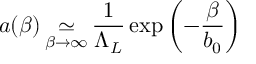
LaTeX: a ( \beta ) \mathop \simeq _ { \beta \to \infty } \frac { 1 } { \Lambda _ { L } } \exp \left( - \frac { \beta } { b _ { 0 } } \right)